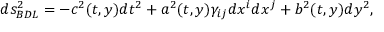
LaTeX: d s _ { B D L } ^ { 2 } = - c ^ { 2 } ( t , y ) d t ^ { 2 } + a ^ { 2 } ( t , y ) \gamma _ { i j } d x ^ { i } d x ^ { j } + b ^ { 2 } ( t , y ) d y ^ { 2 } ,